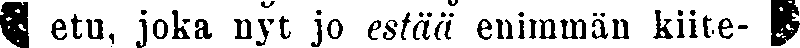
#etu, joka nyt jo estää enimmän kiite- #